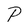
Character: P